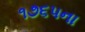
૧૭૬૫ના